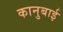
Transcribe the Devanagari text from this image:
कानुबाई